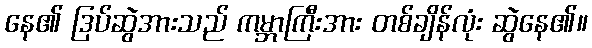
နေ၏ ဒြပ်ဆွဲအားသည် ကမ္ဘာကြီးအား တစ်ချိန်လုံး ဆွဲနေ၏။